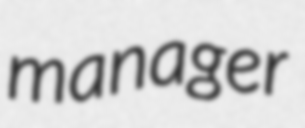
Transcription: manager